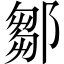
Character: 鄒